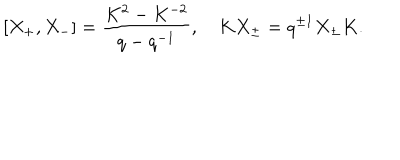
[ X _ { + } , X _ { - } ] = \frac { K ^ { 2 } - K ^ { - 2 } } { q - q ^ { - 1 } } , \quad K X _ { \pm } = q ^ { \pm 1 } X _ { \pm } K .